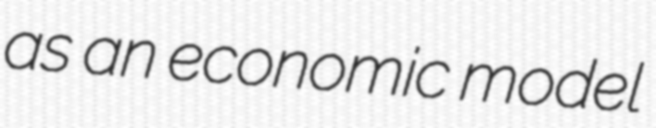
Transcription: as an economic model